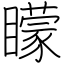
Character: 矇